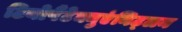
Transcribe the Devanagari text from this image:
टियोपैंटेक्युएंनिट्लन